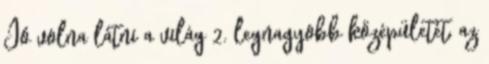
Jó volna látni a világ 2. legnagyobb középületét, az